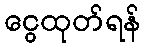
ငွေထုတ်ရန်